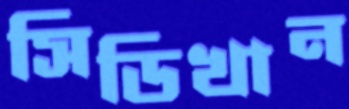
সিডিখান